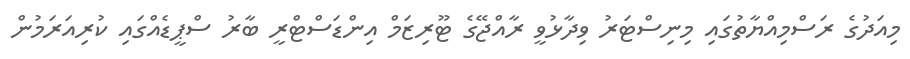
މިއަދުގެ ރަސްމިއްޔާތުގައި މިނިސްޓަރު ވިދާޅުވީ ރާއްޖޭގެ ޓޫރިޒަމް އިންޑަސްޓްރީ ބާރު ސްޕީޑެއްގައި ކުރިއަރަމުން